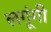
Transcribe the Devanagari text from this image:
लगूंगी